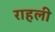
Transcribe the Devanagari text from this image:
राहली